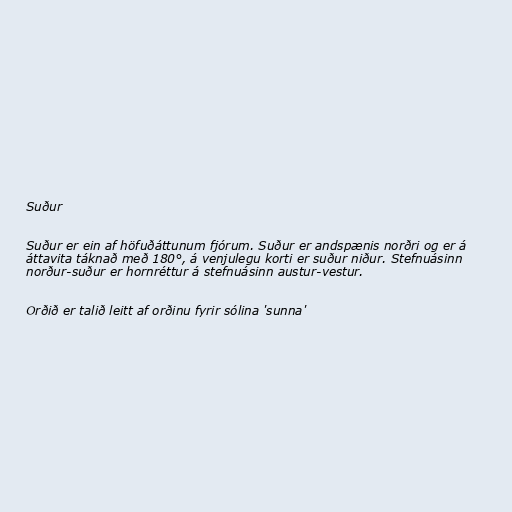
Suður

Suður er ein af höfuðáttunum fjórum. Suður er andspænis norðri og er á
áttavita táknað með 180°, á venjulegu korti er suður niður. Stefnuásinn
norður-suður er hornréttur á stefnuásinn austur-vestur.

Orðið er talið leitt af orðinu fyrir sólina 'sunna'